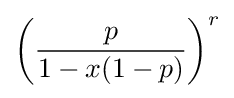
\left({\frac {p}{1-x(1-p)}}\right)^{r}